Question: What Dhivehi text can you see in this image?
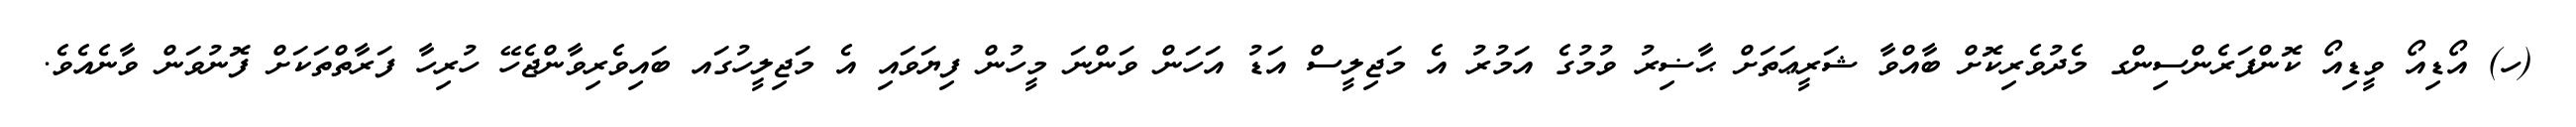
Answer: (ހ) އޯޑިއޯ ވީޑިއޯ ކޮންފަރެންސިންގ މެދުވެރިކޮށް ބާއްވާ ޝަރީޢަތަށް ޙާޟިރު ވުމުގެ އަމުރު އެ މަޖިލީސް އަޑު އަހަން ވަންނަ މީހުން ފިޔަވައި އެ މަޖިލީހުގައ ބައިވެރިވާންޖެހޭ ހުރިހާ ފަރާތްތަކަށް ފޮނުވަން ވާނެއެވެ.